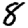
Digit: 8